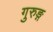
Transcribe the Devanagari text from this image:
गुरुङ्ग